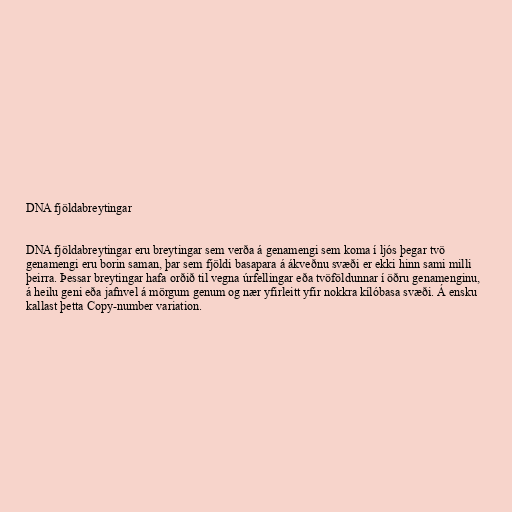
DNA fjöldabreytingar

DNA fjöldabreytingar eru breytingar sem verða á genamengi sem koma í ljós þegar tvö
genamengi eru borin saman, þar sem fjöldi basapara á ákveðnu svæði er ekki hinn sami milli
þeirra. Þessar breytingar hafa orðið til vegna úrfellingar eða tvöföldunnar í öðru genamenginu,
á heilu geni eða jafnvel á mörgum genum og nær yfirleitt yfir nokkra kílóbasa svæði. Á ensku
kallast þetta Copy-number variation.